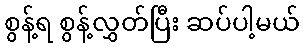
စွန့်ရ စွန့်လွှတ်ပြီး ဆပ်ပါ့မယ်